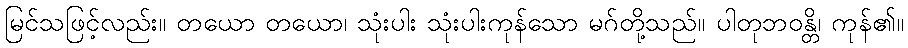
မြင်သဖြင့်လည်း။ တယော တယော၊ သုံးပါး သုံးပါးကုန်သော မဂ်တို့သည်။ ပါတုဘဝန္တိ၊ ကုန်၏။